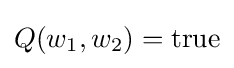
Q(w_{1},w_{2})={\text{true}}